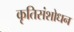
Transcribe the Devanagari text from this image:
कृतिसंशोधन